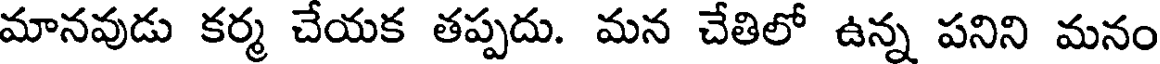
మానవుడు కర్మ చేయక తప్పదు. మన చేతిలో ఉన్న పనిని మనం